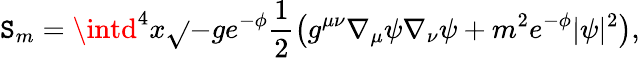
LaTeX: \mathtt{S}_{m}=\intd^{4}x\sqrt{}{{-g}}e^{-\phi}\frac{{1}}{{2}}\left(g^{\mu\nu}\nabla_{\mu}\psi\nabla_{\nu}\psi+m^{2}e^{-\phi}|\psi|^{2}\right),